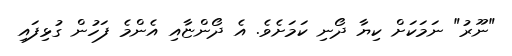
"ނޫރު" ނަމަކަށް ކިޔާ ދޯނި ކަމަށެވެ. އެ ދޯންޏާއި އެންމެ ފަހުން ގުޅިފައި